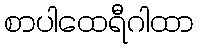
စာပါထေရီဂါထာ